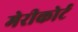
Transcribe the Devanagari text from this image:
मेरीकोर्ट